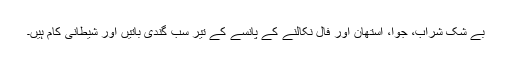
بے شک شراب، جوا، استھان اور فال نکالنے کے پانسے کے تیر سب گندی باتیں اور شیطانی کام ہیں۔